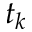
t _ { k }